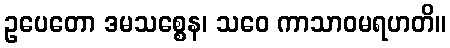
ဥပေတော ဒမသစ္စေန၊ သဝေ ကာသာဝမရဟတိ။